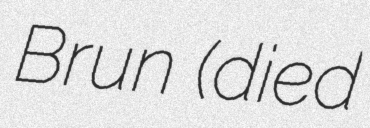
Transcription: Brun (died